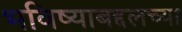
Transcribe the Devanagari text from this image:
भविष्याबद्दलच्या